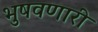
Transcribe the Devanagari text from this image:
भुषवणारी